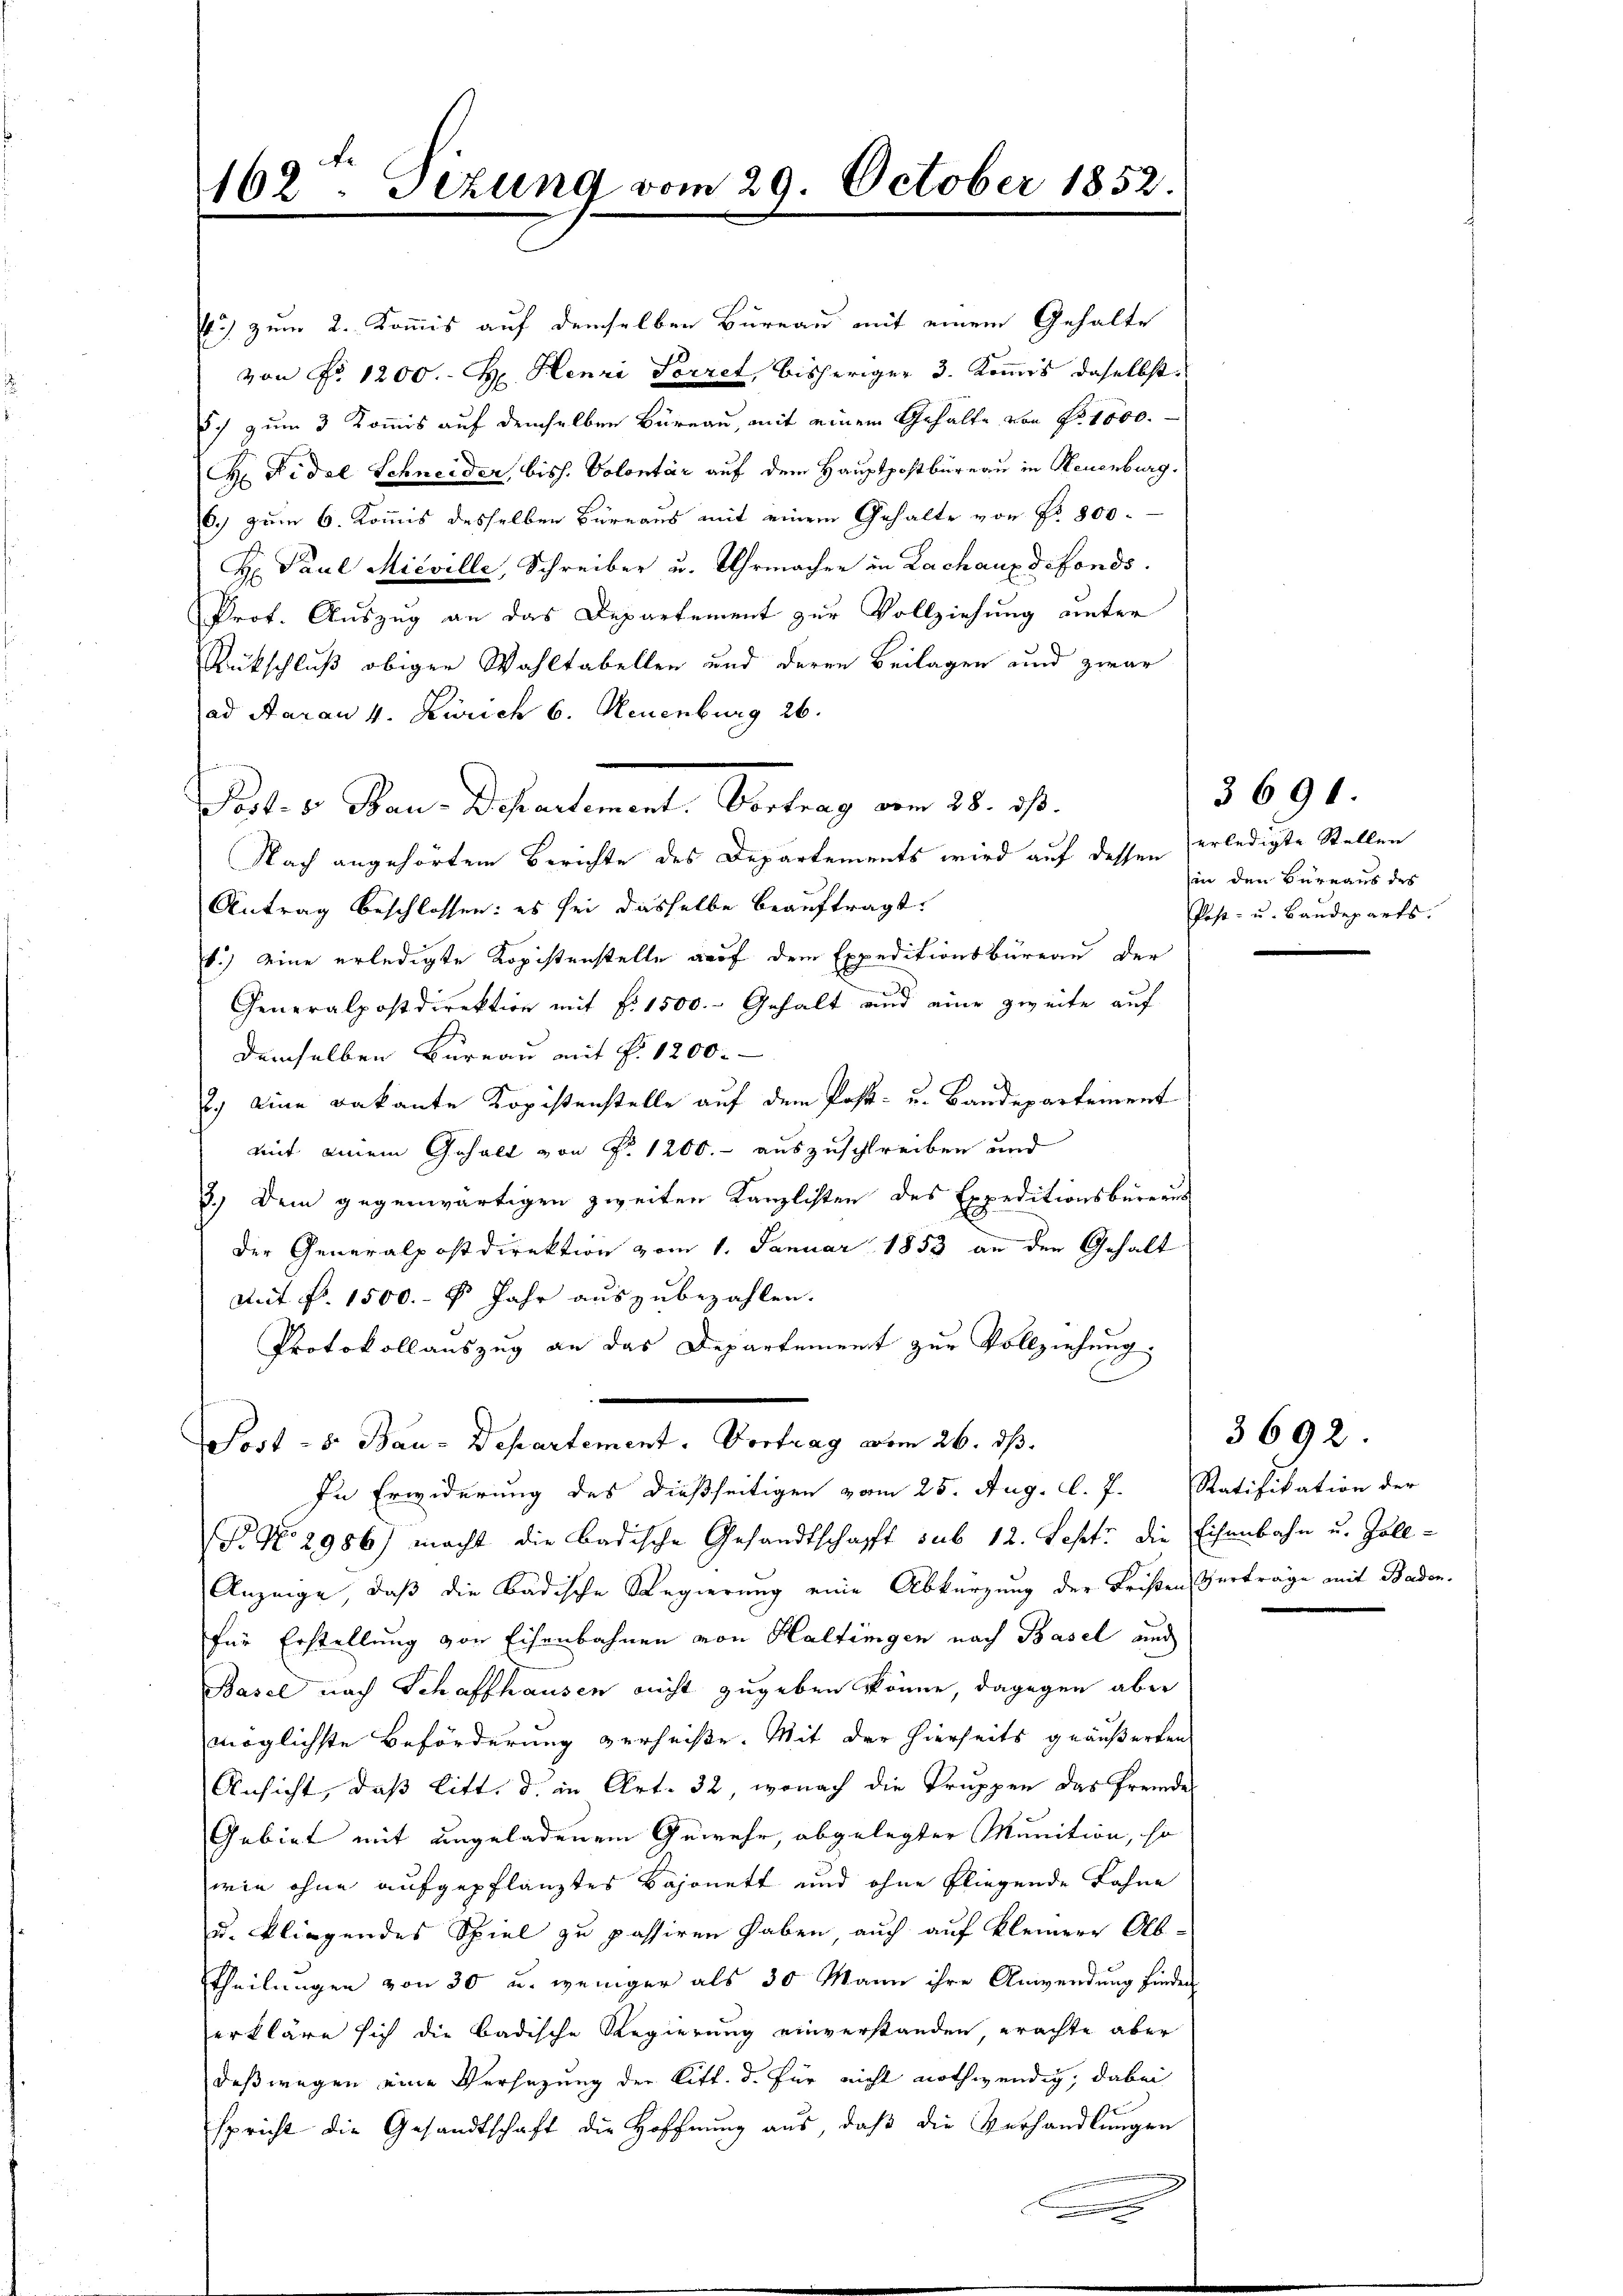
162. Sizung vom 29. October 1852.

Post. v. Bau-Departement. Vertrag vom 28. ist.

65) zum 2. Kommis auf demselben Bureau mit einem Gehalte
von No 1200. H. Henzi Secret, bisheriger 3. Kommis daselbst.
5c zum 3 Kommis auf demselben Büreau, mit einem Gehalte von Nr. 1000.
H. Fidel Schneider, biss. Volontär auf dem Hauptpostbüreau in Neuenburg.
6.) zum 6. Kommis desselben Büreaus mit einem Gehalte von Nr. 800.
H Paul Mieville, Schreiber u. Uhrmacher in Lachaux defonds.
Prot. Auszug an das Departement zur Vollziehung unter
Rückschluß obiger Wahltabellen und deren Beilagen und zwar
ad Aarau v. Zürich 6. Neuenburg 26.
Nach angehörtem Berichte des Departements wird auf dessen erledigte Stellen
Antrag beschlossen: es sei dasselbe beauftragt.
1.) eine erledigte Kopistenstelle auf dem Expeditionsbüreau der
.
Generalpostdirektion mit fr. 1500.- Gehalt und eine zweite auf
demselben Bureau mit P. 1200.
2.) eine Bakante Kopistenstelle auf dem Post- u. Bandepartement
mit einem Gehalt von P. 1200.- auszuschreiben und
8.) Dem gegenwärtigen zweiten Kanzlisten des Expeditionsbüreaus
Der Generalpostdirektion vom 1. Januar 1853 an den Gehalt
Mit No. 1500.- 5 Jahr auszubezahlen.
Protokollauszug an das Departement zur Vollziehung.
Post - 8. Bau-Departement. Vortrag vom 26. ds.
In Erwiderung des dießseitigen vom 25. Aug. l. J. Ratifikation der
o No 2986) macht die badische Gesandtschafft sub 12. Jehet, die Eisenbahn u. Zoll¬
Anzeige, daß die Badische Regierung eine Abkürzung der Fristen Verträge mit Baden.
für Erstellung von Eisenbahnen von Haltingen nach Basel auch
Basel nach Schaffhausen nicht zugeben könne, dagegen aber
möglichste Beförderung verheiße. Mit der hierseits geäußerten
Ansicht, daß Litt. d. in Art. 32, wonach die Truppen das fremdes
Gebiet mit angeladenem Gewehr, abgelegter Munition, so
wie ohne aufgepflanztes Bajonett und ohne Fliegende Bahne
u. bliegendes Spiel zu passiren haben, auch auf kleinere Ab-
Theilungen von 30 u. weniger als 30 Mann ihre Anwendung finder
erkläre sich die badische Regierung einverstanden, erachte aber
deßwegen eine Versatzung der Litt. d. für nicht nothwendig, dabei
spricht die Gesandtschaft die Hoffnung aus, daß die Verhandlungen
)
.

3691.
in den Büreaus des
Post- u. Baudeparts.

3692.